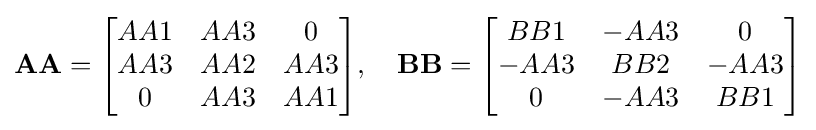
\mathbf {AA} ={\begin{bmatrix}AA1&AA3&0\\AA3&AA2&AA3\\0&AA3&AA1\end{bmatrix}},\quad \mathbf {BB} ={\begin{bmatrix}BB1&-AA3&0\\-AA3&BB2&-AA3\\0&-AA3&BB1\end{bmatrix}}